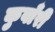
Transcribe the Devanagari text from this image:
कुवाँरी